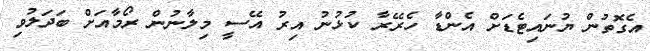
އެގޮތުން ޔުނައިޓެޑަށް އެންޑާ ހެރޭރާ ކުޅުނު އިރު އޭސީ މިލާނުން ރޯމާއަށް ބަދަލުވި